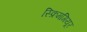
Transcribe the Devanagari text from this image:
स्क्रिमगियूर